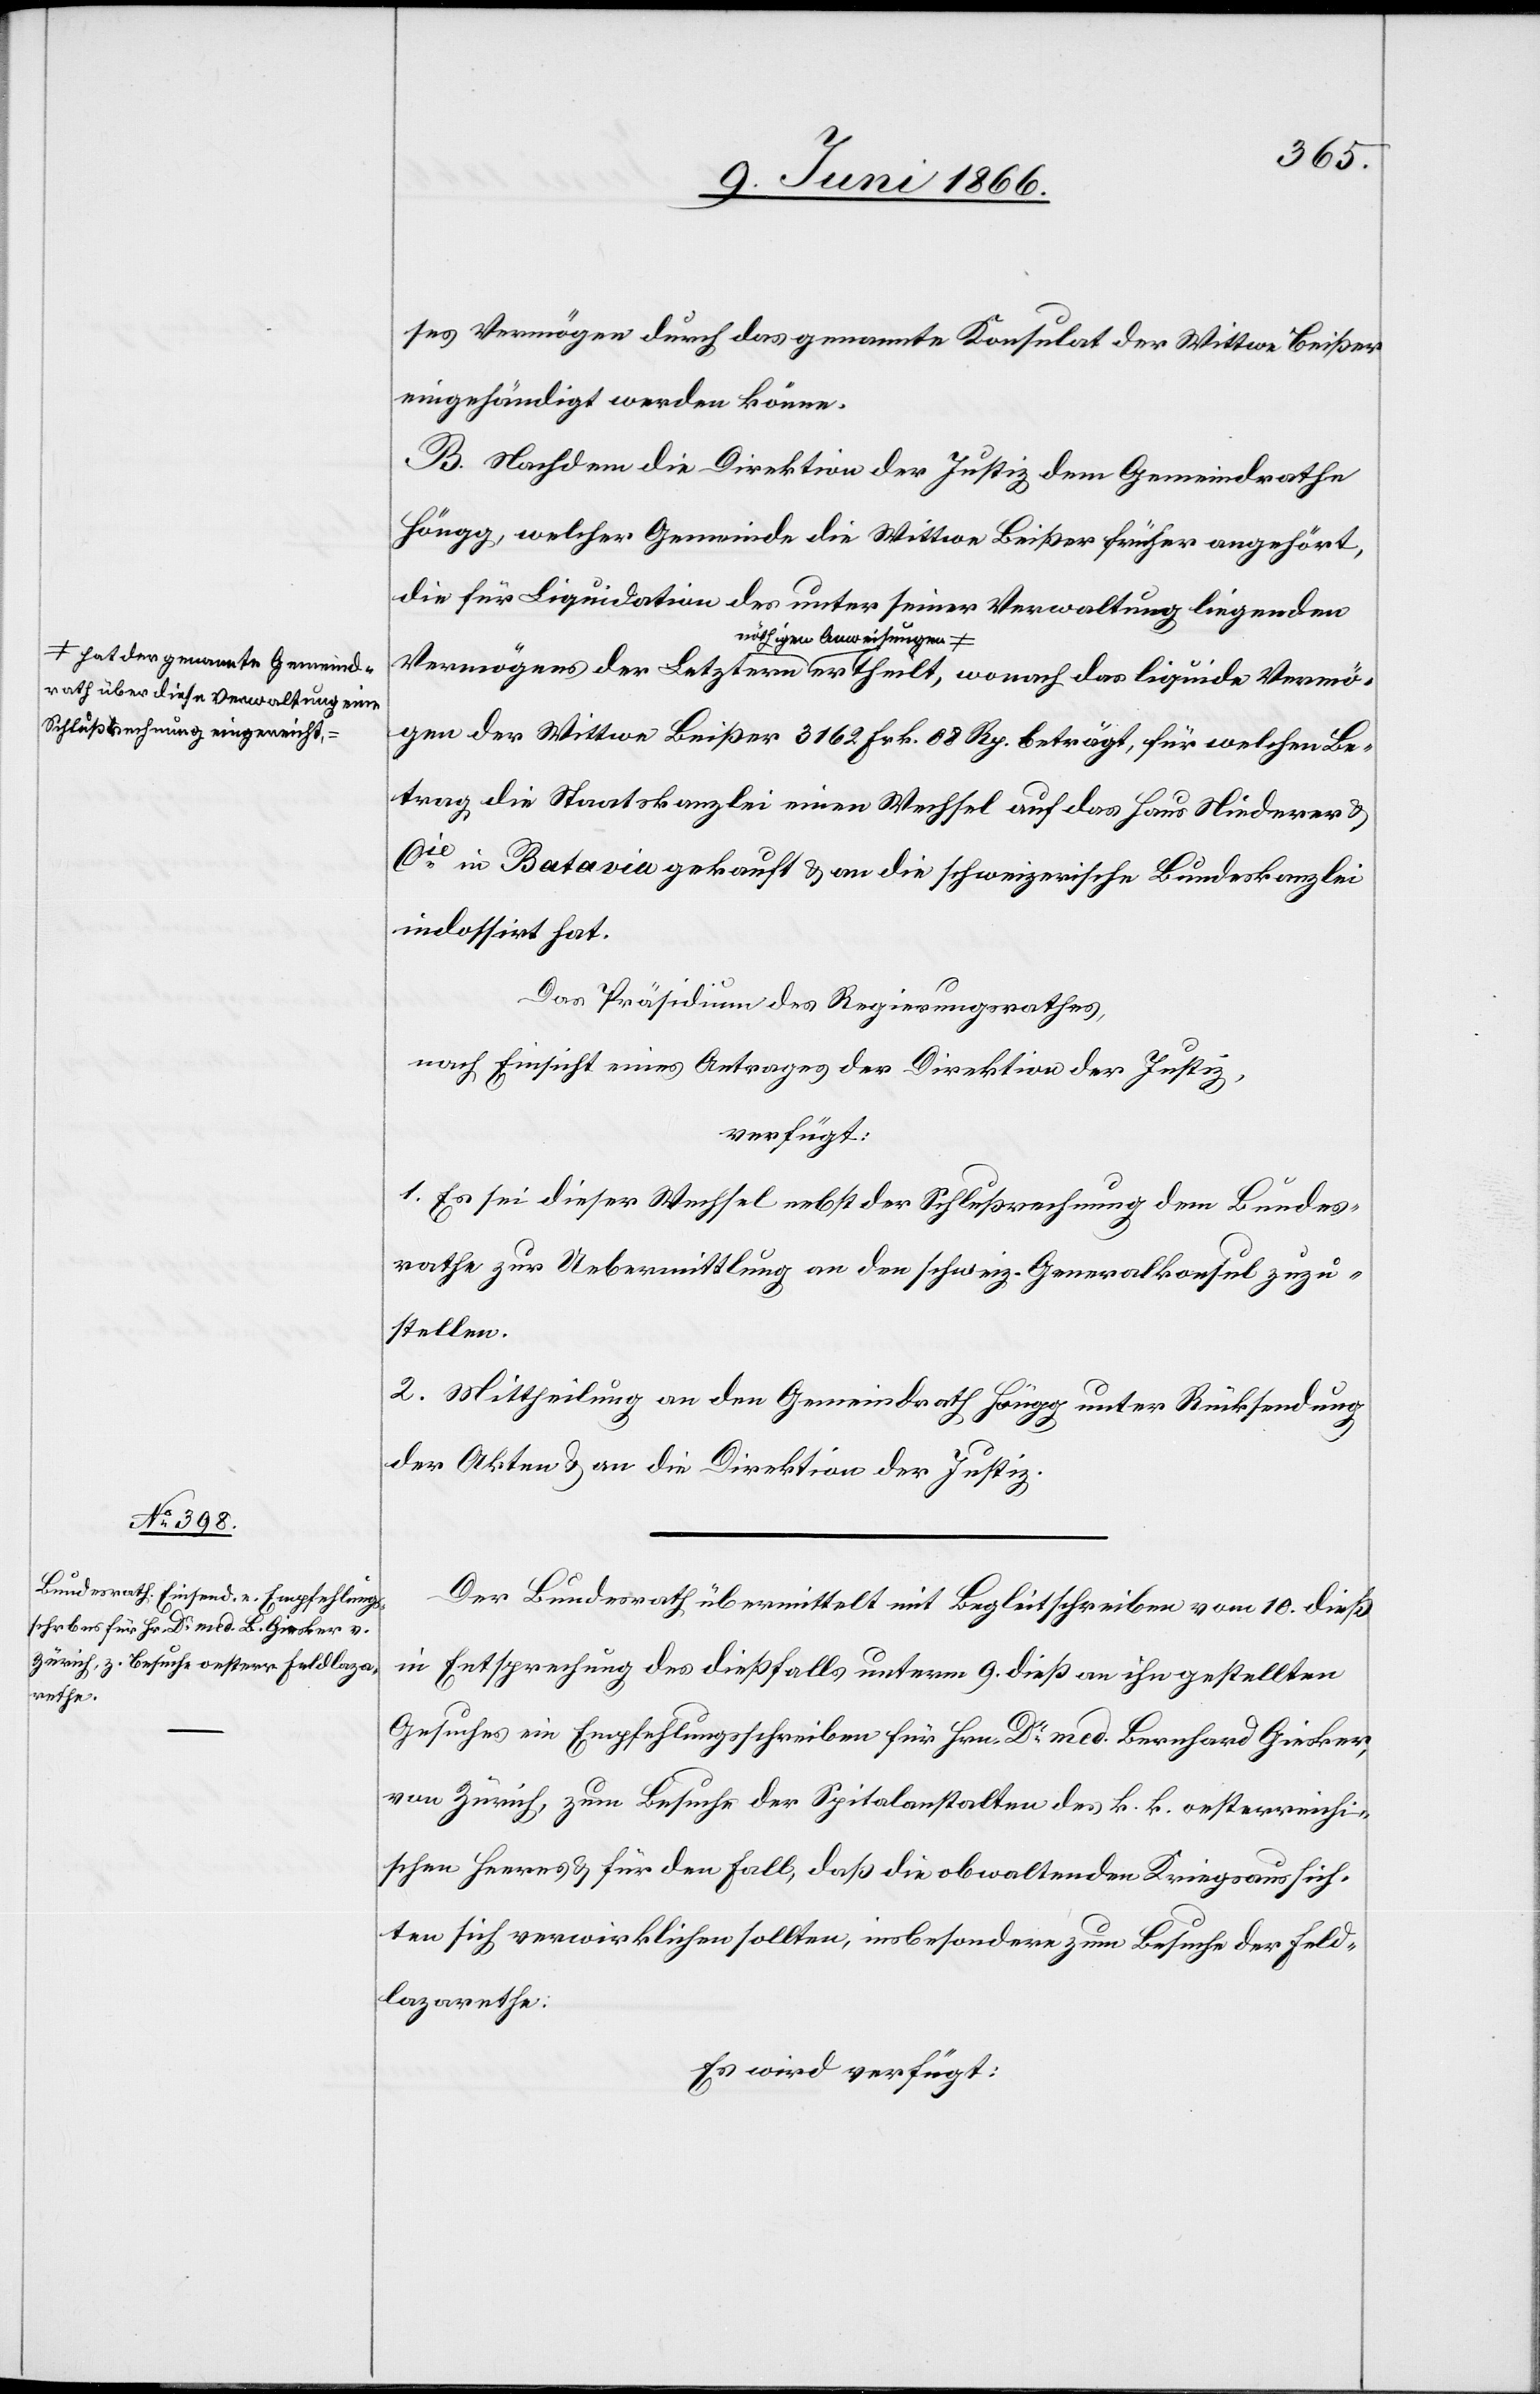
rath über diese Verwaltung eine
Schlußrechnung eingereicht,

Vermö¬
12. Juni 1866.]
ses Vermögen durch das genannte Konsulat der Wittwe Beißer
eingehändigt werden könne.
B. Nachdem die Direktion der Justiz dem Gemeindrathe
Höngg, welcher Gemeinde die Wittwe Beißer früher angehört,
die für Liquidation des unter seiner Verwaltung liegenden
Vermögens der Letztern a-nöthigen Anweisungen a-hat der genannte Gemeind¬
gen der Wittwe Beißer 3162 Frk. 08 Rp. beträgt, für welchen Be¬
trag die Staatskanzlei einen Wechsel auf das Haus Niederer &
Cie. in Batavia gekauft u. an die schweizerische Bundeskanzlei
indossirt hat.
Das Präsidium des Regierungsrathes,
nach Einsicht eines Antrages der Direktion der Justiz,
verfügt:
1. Es sei dieser Wechsel nebst der Schlußrechnung dem Bundes¬
rathe zur Uebermittlung an den schweiz. Generalkonsul zuzu¬
stellen.
2. Mittheilung an den Gemeindrath Höngg unter Rücksendung
der Akten u. an die Direktion der Justiz.
Der Bundesrath übermittelt mit Begleitschreiben vom 10. dieß
in Entsprechung des dießfalls unterm 9. dieß an ihn gestellten
Gesuches ein Empfehlungsschreiben für Hrn. Dr. med. Bernhard Giesker,
von Zürich, zum Besuche der Spitalanstalten des k. k. oesterreichi¬
schen Heeres u. für den Fall, daß die obwaltenden Kriegsaussich¬
ten sich verwirklichen sollten, insbesondere zum Besuche der Feld¬
lazarette.
Es wird verfügt: